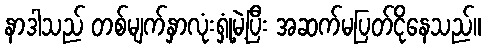
နာဒါသည် တစ်မျက်နှာလုံးရှုံ့မဲ့ပြီး အဆက်မပြတ်ငိုနေသည်။